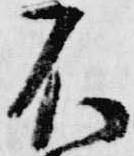
不